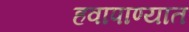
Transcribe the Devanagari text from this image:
हवापाण्यात